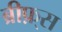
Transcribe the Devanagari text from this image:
ब्रीफ़्स